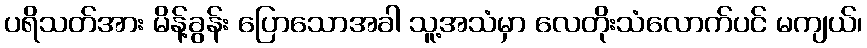
ပရိသတ်အား မိန့်ခွန်း ပြောသောအခါ သူ့အသံမှာ လေတိုးသံလောက်ပင် မကျယ်၊